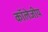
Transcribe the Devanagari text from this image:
कॉलेजीय